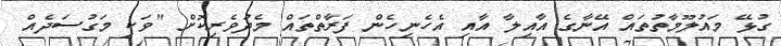
ގުޅޭ މައުލޫމާތުތައް އޭނާގެ އާއިލާ އާއި އެހެނިހެން ފަރާތްތައް މެދުވެރިކޮށް "ވަކި މަގުސަދެއް